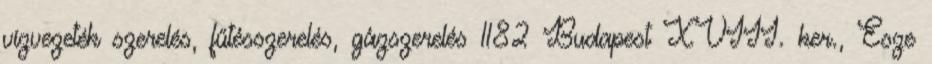
vízvezeték szerelés, fűtésszerelés, gázszerelés 1182 Budapest XVIII. ker., Esze